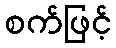
စက်ဖြင့်